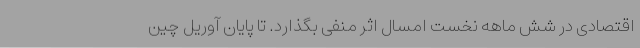
اقتصادی در شش ماهه نخست امسال اثر منفی بگذارد. تا پایان آوریل چین